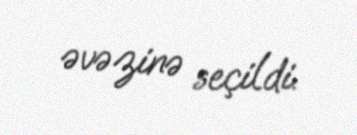
əvəzinə seçildi.